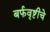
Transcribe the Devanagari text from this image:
बर्फवृष्टीचे